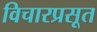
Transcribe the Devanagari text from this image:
विचारप्रसूत